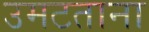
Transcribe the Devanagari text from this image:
उमटताना